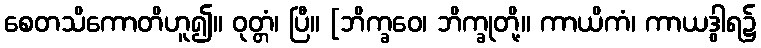
စေတသိကောတိဟူ၍။ ဝုတ္တံ၊ ပြီ။ [ဘိက္ခဝေ၊ ဘိက္ခုတို့။ ကာယိကံ၊ ကာယဒွါရ၌